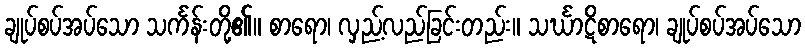
ချုပ်စပ်အပ်သော သင်္ကန်းတို့၏။ စာရော၊ လှည့်လည်ခြင်းတည်း။ သင်္ဃာဋိစာရော၊ ချုပ်စပ်အပ်သော